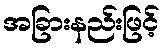
အခြားနည်းဖြင့်